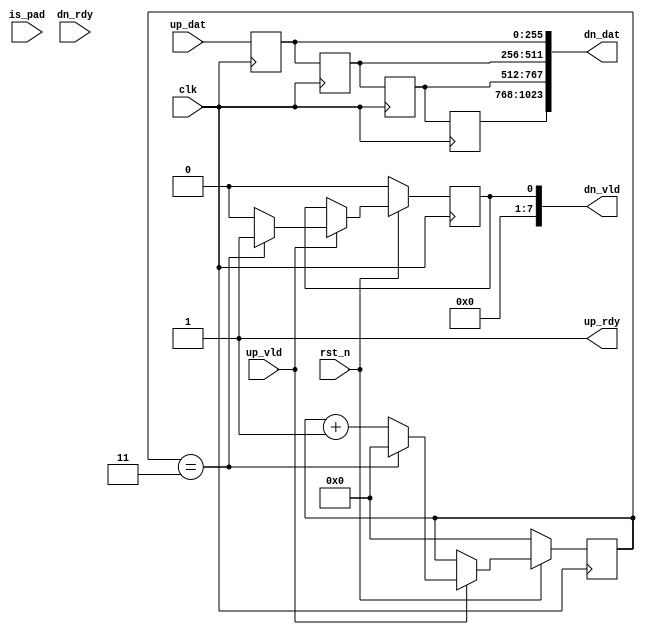
//////////////////////////////////////////////////////////////////////////////////
// Company: 
// Engineer: 
// 
// Design Name: 
// Module Name: bu_write_addr_generator
// Project Name: 
// Target Devices: 
// Tool Versions: 
// Description: 
// 
// Dependencies: 
// 
// Revision:
// Revision 0.01 - File Created
// Additional Comments:
// 
//////////////////////////////////////////////////////////////////////////////////


module data_pack
# (
  parameter be_parallelism = 32,
  parameter parallelism_per_control = 4,
  parameter data_width = 16,
  parameter BAND_WIDTH   = 256
)
(
  //////////////////clock & control signals/////////////////
  input wire                   clk,
  input wire                   rst_n, 
  input wire                   is_pad,

  //////////////////Up data and signals/////////////
  input wire  [BAND_WIDTH-1:0]                 up_dat,
  input wire                                   up_vld,
  output wire                                  up_rdy,

  //////////////////Up data and signals/////////////
  output wire  [(2*data_width)*be_parallelism-1:0]  dn_dat, // assume ddr bandwidht is 256*8, input buffer bandwidth is 128*32
  output wire  [be_parallelism/parallelism_per_control-1:0]               dn_vld,
  input wire                                  dn_rdy
);

localparam num_pack_cycle = (2*data_width*be_parallelism)/BAND_WIDTH;

genvar i;
/////////////////////Timing//////////////////////////
reg                            is_pad_r;

always @(posedge clk)
begin
    is_pad_r <= is_pad;
end


/////////////////////Timing//////////////////////////

assign up_rdy = 1;

reg  [BAND_WIDTH-1:0]  up_dat_r[num_pack_cycle-1:0];

always @(posedge clk)
begin
  up_dat_r[0] <= up_dat;
end

assign dn_dat[BAND_WIDTH-1:0] = up_dat_r[0];

generate
for(i=1 ; i<num_pack_cycle; i=i+1)
begin : ASSIGN_TIMING
    always @(posedge clk)
    begin
      up_dat_r[i] <= up_dat_r[i-1];
    end
    assign dn_dat[BAND_WIDTH*i + BAND_WIDTH - 1 : BAND_WIDTH*i] = up_dat_r[i];
end
endgenerate


reg [4-1 : 0] in_counter;
reg dn_vld_reg;

always @(posedge clk)
if(!rst_n) begin
    in_counter <= 0;
    dn_vld_reg <= 0;
end else begin
    if (up_vld) begin
      if (in_counter == num_pack_cycle-1) begin
        in_counter <= 0;
        dn_vld_reg <= 1;
      end else begin
        in_counter <= in_counter + 1;
        dn_vld_reg <= 0;
      end
    end
end

assign dn_vld = dn_vld_reg;
//////////////////Timing//////////////////


endmodule